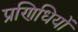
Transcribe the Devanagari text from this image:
प्रणिधियों